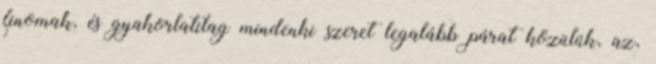
finomak, és gyakorlatilag mindenki szeret legalább párat közülük, az,